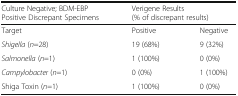
<table><thead><tr><td><b>Culture Negative; BDM-EBP Positive Discrepant Specimens</b></td><td colspan="2"><b>Verigene Results(% of discrepant results)</b></td></tr></thead><tbody><tr><td>Target</td><td>Positive</td><td>Negative</td></tr><tr><td><i>Shigella</i> (<i>n</i>=28)</td><td>19 (68%)</td><td>9 (32%)</td></tr><tr><td><i>Salmonella</i> (<i>n</i>=1)</td><td>1 (100%)</td><td>0 (0%)</td></tr><tr><td><i>Campylobacter</i> (<i>n</i>=1)</td><td>0 (0%)</td><td>1 (100%)</td></tr><tr><td>Shiga Toxin (<i>n</i>=1)</td><td>1 (100%)</td><td>0 (0%)</td></tr></tbody></table>